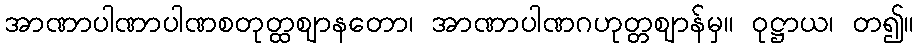
အာဏာပါဏာပါဏစတုတ္ထဈာနတော၊ အာဏာပါဏဂဟုတ္တဈာန်မှ။ ဝုဋ္ဌာယ၊ တ၍။